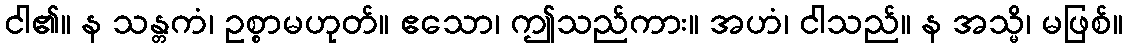
ငါ၏။ န သန္တကံ၊ ဥစ္စာမဟုတ်။ ဧသော၊ ဤသည်ကား။ အဟံ၊ ငါသည်။ န အသ္မိ၊ မဖြစ်။